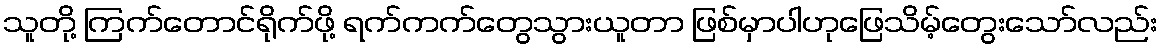
သူတို့ ကြက်တောင်ရိုက်ဖို့ ရက်ကက်တွေသွားယူတာ ဖြစ်မှာပါဟုဖြေသိမ့်တွေးသော်လည်း